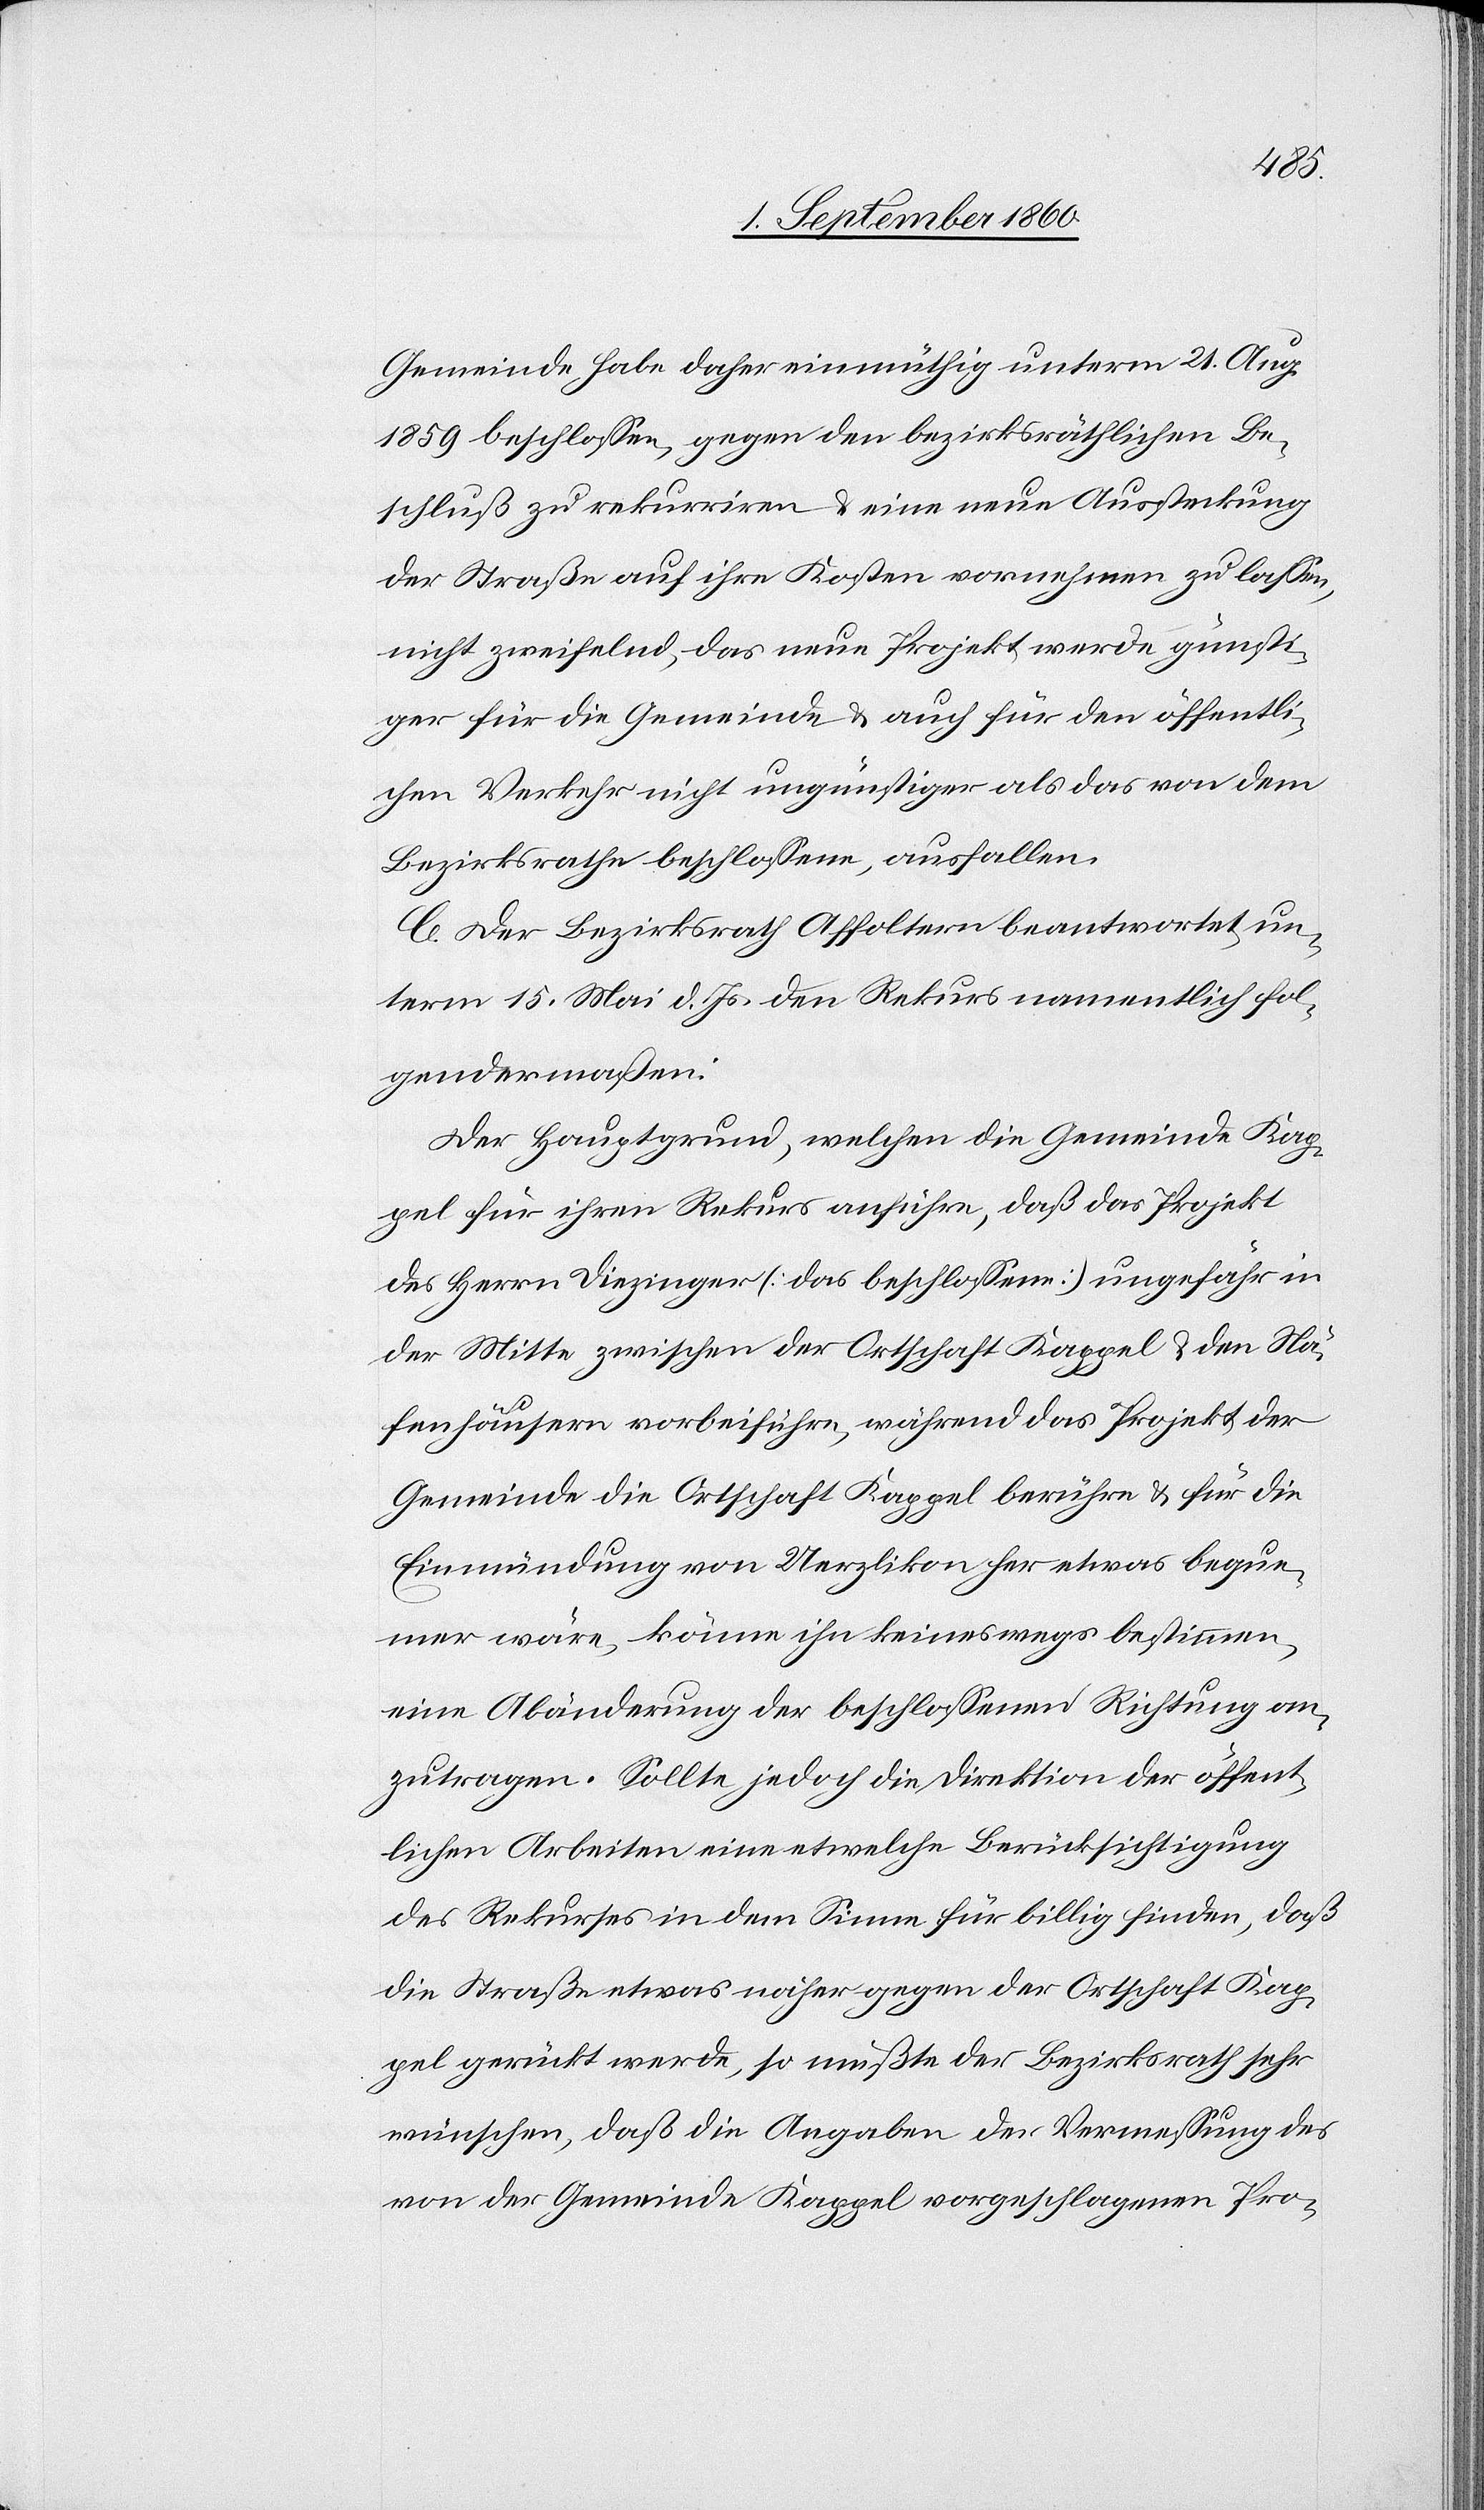
meinde habe daher einmüthig unterm 21. August
1859 beschlossen, den bezirksrätlichen Be¬
schluß zu rekurriren u. eine neue Aussteckung
der Strasse auf ihre Kosten vornehmen zu lassen,
nicht zweifelnd, das neue Projekt werde günsti¬
ger für die Gemeinde u. auch für den öffentli¬
chen Verkehr nicht ungünstiger als das von dem
Bezirksrathe beschlossene, ausfallen.
C. Der Bezirksrath Affoltern beantwortet un¬
term 15. Mai d. Js. den Rekurs namentlich fol¬
gendermassen:
Der Hauptgrund, welchen die Gemeinde Kap¬
pel, für ihren Rekurs anführe, dass das Projekt
des Hrn. Diezinger (das beschlossene) ungefähr in
der Mitte, zwischen der Ortschaft Kappel u. den Nä¬
fenhäusern vorbeiführe, während das Projekt der
Gemeinde die Ortschaft Kappel, berühre u. für die
Einmündung von Uerzlikon her etwas beque¬
mer wäre, könne ihn keineswegs bestimmen
eine Abänderung der beschlossenen Richtung an¬
zutragen. Sollte jedoch die Direktion der öffent¬
lichen Arbeiten eine etwelche Berücksichtigung
des Rekurses in dem Sinne für billig finden, dass
die Strasse etwas näher gegen der Ortschaft Kap¬
pel gerückt werde, so müsste der Bezirksrath sehr
wünschen, dass die Angaben der Vermessung des
von der Gemeinde Kappel vorgeschlagenen Pro-